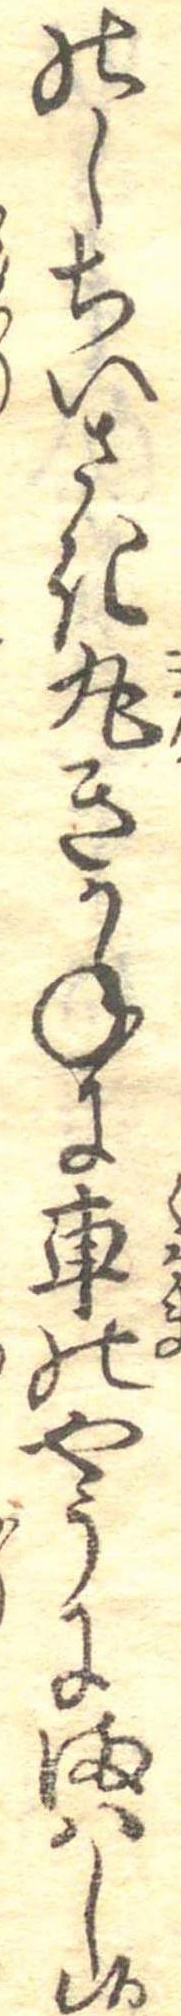
のしちいさき丸きかねに車のやうにまはし候